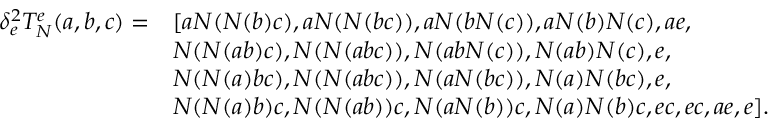
\begin{array} { r l } { \delta _ { e } ^ { 2 } T _ { N } ^ { e } ( a , b , c ) = } & { [ a N ( N ( b ) c ) , a N ( N ( b c ) ) , a N ( b N ( c ) ) , a N ( b ) N ( c ) , a e , } \\ & { N ( N ( a b ) c ) , N ( N ( a b c ) ) , N ( a b N ( c ) ) , N ( a b ) N ( c ) , e , } \\ & { N ( N ( a ) b c ) , N ( N ( a b c ) ) , N ( a N ( b c ) ) , N ( a ) N ( b c ) , e , } \\ & { N ( N ( a ) b ) c , N ( N ( a b ) ) c , N ( a N ( b ) ) c , N ( a ) N ( b ) c , e c , e c , a e , e ] . } \end{array}